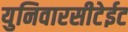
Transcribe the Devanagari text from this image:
युनिवारसीटेईट